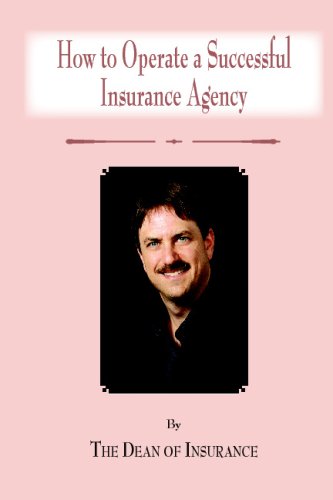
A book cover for How To Operate A Successful Insurance Agency: By The Dean Of Insurance; Dean Morgan; Business & Money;